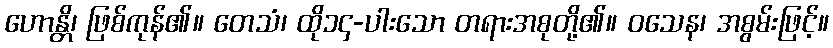
ဟောန္တိ၊ ဖြစ်ကုန်၏။ တေသံ၊ ထို၁၄-ပါးသော တရားအစုတို့၏။ ဝသေန၊ အစွမ်းဖြင့်။